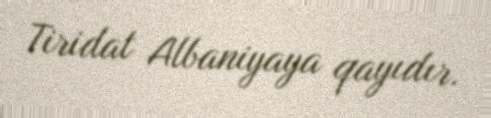
Tiridat Albaniyaya qayıdır.